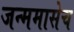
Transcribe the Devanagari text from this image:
जन्ममासेच